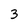
Character: 3